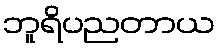
ဘူရိပညတာယ